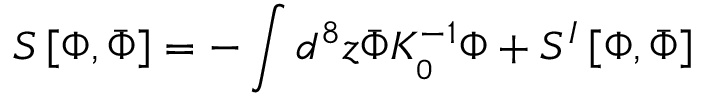
S \left[ \Phi , \bar { \Phi } \right] = - \int d ^ { 8 } z \bar { \Phi } K _ { \L _ { 0 } } ^ { - 1 } \Phi + S ^ { I } \left[ \Phi , \bar { \Phi } \right]